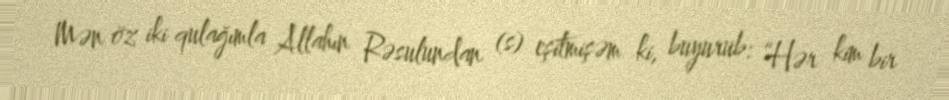
Mən öz iki qulağımla Allahın Rəsulundan (s) eşitmişəm ki, buyurub: “Hər kim bir